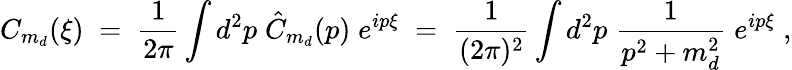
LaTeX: C_{m_{d}}(\xi)\; =\; \frac{1}{2\pi}\int d^{2}p\; \hat{C}_{m_{d}}(p)\; e^{ip\xi}\; =\; \frac{1}{(2\pi)^{2}}\int d^{2}p\; \frac{1}{p^{2}+m_{d}^{2}}\; e^{ip\xi}\; ,